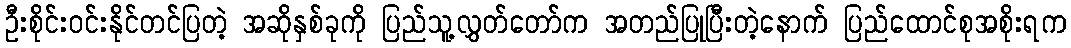
ဦးစိုင်းဝင်းနိုင်တင်ပြတဲ့ အဆိုနှစ်ခုကို ပြည်သူ့လွှတ်တော်က အတည်ပြုပြီးတဲ့နောက် ပြည်ထောင်စုအစိုးရက